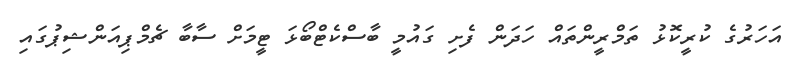
އަހަރުގެ ކުރީކޮޅު ތަމްރީންތައް ހަދަން ފެށި ގައުމީ ބާސްކެޓްބޯޅަ ޓީމަށް ސާބާ ޗެމްޕިއަންޝިޕުގައި